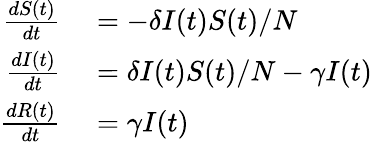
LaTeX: \begin{array}{rl}{\frac{dS(t)}{dt}}&{{}=-\delta I(t)S(t)/N}\\ {\frac{dI(t)}{dt}}&{{}=\delta I(t)S(t)/N-\gamma I(t)}\\ {\frac{dR(t)}{dt}}&{{}=\gamma I(t)}\end{array}